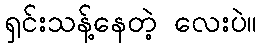
ရှင်းသန့်နေတဲ့ လေးပဲ။